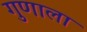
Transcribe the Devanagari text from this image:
गुणाला